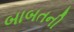
બાબતની